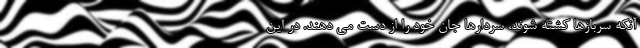
آنکه سربازها کشته شوند، سردارها جان خود را از دست می دهند. در این